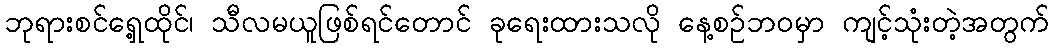
ဘုရားစင်ရှေ့ထိုင်၊ သီလမယူဖြစ်ရင်တောင် ခုရေးထားသလို နေ့စဉ်ဘဝမှာ ကျင့်သုံးတဲ့အတွက်